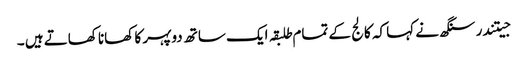
جیتندر سنگھ نے کہا کہ کالج کے تمام طلبقہ ایک ساتھ دوپہر کا کھانا کھاتے ہیں ۔